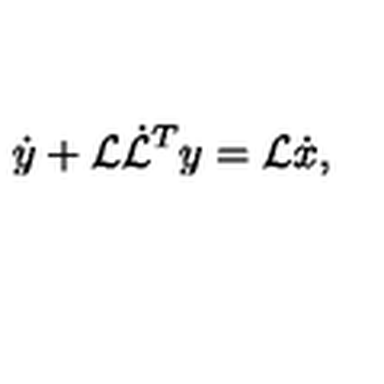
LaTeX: \dot { y } + { \cal L } \dot { \cal L } ^ { T } y = { \cal L } \dot { x } ,